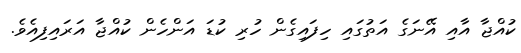
ކުއްޖާ އާއި އޭނަގެ އަތުގައި ހިފައިގެން ހުރި ކުޑަ އަންހެން ކުއްޖާ އަރައިފިއެވެ.